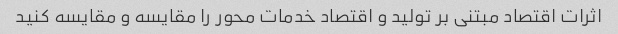
اثرات اقتصاد مبتنی بر تولید و اقتصاد خدمات محور را مقایسه و مقایسه کنید